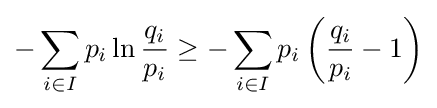
-\sum _{i\in I}p_{i}\ln {\frac {q_{i}}{p_{i}}}\geq -\sum _{i\in I}p_{i}\left({\frac {q_{i}}{p_{i}}}-1\right)